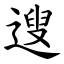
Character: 遚